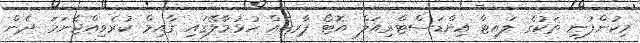
މިކުންފުނި ތަކުގެ ލައިޓް އިންޑަސްޓްރިއަލް އޮޓޯ ޕާރކެއް ހުޅުމާލޭގައި ގާއިމް ކުރެވިއްޖެނަމަ ދެން